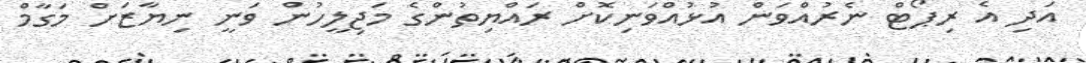
އަދި އެ ރިޕޯޓް ނެރުއްވަން އުޅުއްވަނިކޮށް ރައްޔިތުންގެ މަޖިލީހުން ވަނީ ނިޔާޒަށް މަގާމް